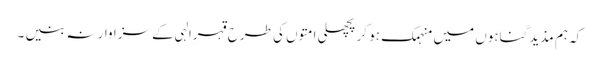
کہ ہم مذید گناہوں میں منہمک ہو کر پچھلی امتوں کی طرح قہرِالہی کے سزاوار نہ بنیں ۔